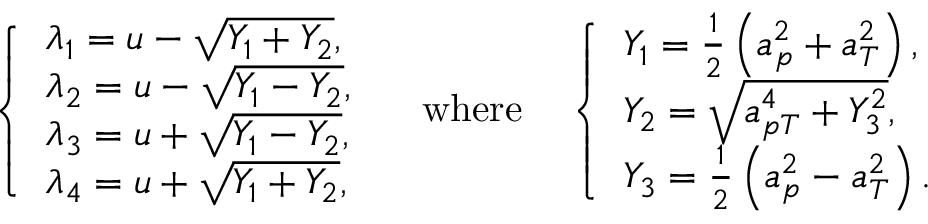
\left\{ \begin{array} { l l } { \lambda _ { 1 } = u - \sqrt { Y _ { 1 } + Y _ { 2 } } , } \\ { \lambda _ { 2 } = u - \sqrt { Y _ { 1 } - Y _ { 2 } } , } \\ { \lambda _ { 3 } = u + \sqrt { Y _ { 1 } - Y _ { 2 } } , } \\ { \lambda _ { 4 } = u + \sqrt { Y _ { 1 } + Y _ { 2 } } , } \end{array} \right. \quad \mathrm { w h e r e } \quad \left\{ \begin{array} { l l } { Y _ { 1 } = \frac { 1 } { 2 } \left( a _ { p } ^ { 2 } + a _ { T } ^ { 2 } \right) , } \\ { Y _ { 2 } = \sqrt { a _ { p T } ^ { 4 } + Y _ { 3 } ^ { 2 } } , } \\ { Y _ { 3 } = \frac { 1 } { 2 } \left( a _ { p } ^ { 2 } - a _ { T } ^ { 2 } \right) . } \end{array} \right.